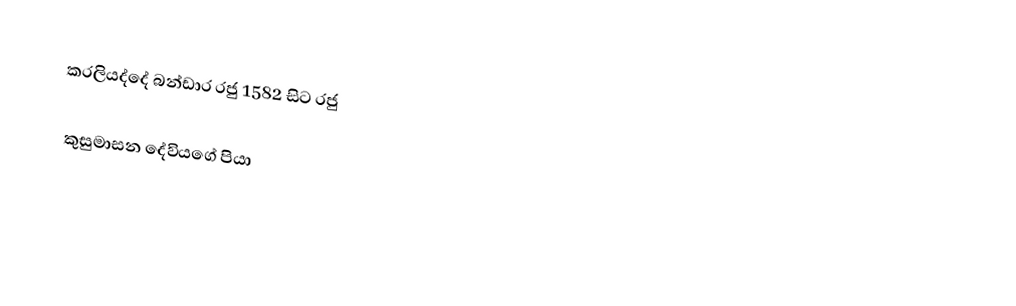
කරලියද්දේ බන්ඩාර රජු 1582 සිට රජු

කුසුමාසන දේවියගේ පියා